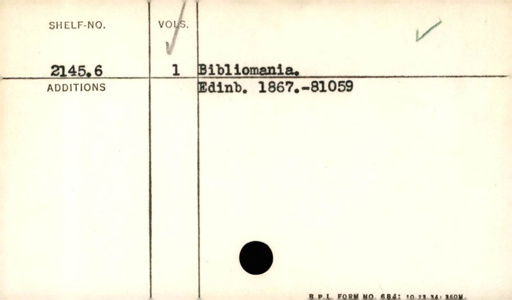
Label: content